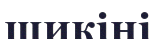
шикіні